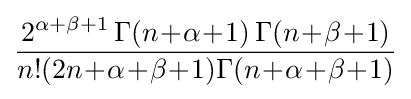
{\frac {2^{\alpha +\beta +1}\,\Gamma (n\!+\!\alpha \!+\!1)\,\Gamma (n\!+\!\beta \!+\!1)}{n!(2n\!+\!\alpha \!+\!\beta \!+\!1)\Gamma (n\!+\!\alpha \!+\!\beta \!+\!1)}}